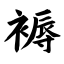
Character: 褥